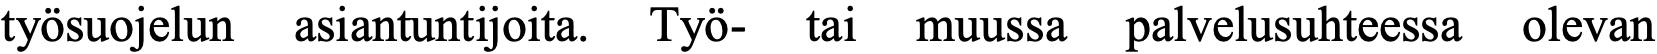
työsuojelun asiantuntijoita. Työ- tai muussa palvelusuhteessa olevan